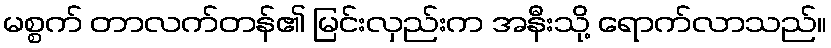
မစ္စက် တာလက်တန်၏ မြင်းလှည်းက အနီးသို့ ရောက်လာသည်။